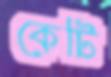
কেটি